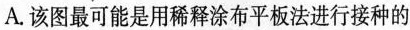
A.该图最可能是用稀释涂布平板法进行接种的